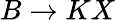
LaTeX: B\to KX